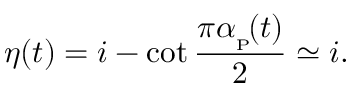
\eta ( t ) = i - \cot \frac { \pi \alpha _ { _ \mathrm { { P } } } \! ( t ) } { 2 } \simeq i .